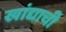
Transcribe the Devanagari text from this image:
खांद्याची